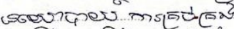
នយោបាន ការគ្រប់គ្រង